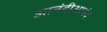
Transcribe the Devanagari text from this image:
आनंदीआनंद